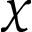
\chi